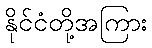
နိုင်ငံတို့အကြား